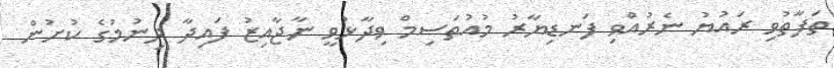
ތަފާތުވި ރައުޔު ނެރުއްވި ފަނޑިޔާރު މުއުތަސިމް ވިދާޅުވީ ނާޖާއިޒު ފައިދާ ދިނުމުގެ ކުށުން